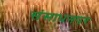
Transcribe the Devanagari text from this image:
संसाधनपर